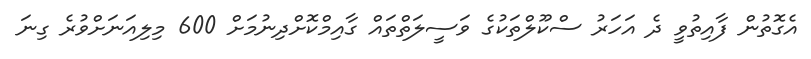
އެގޮތުން ފާއިތުވީ ދެ އަހަރު ސްކޫލްތަކުގެ ވަސީލަތްތައް ގާއިމްކޮށްދިނުމަށް 600 މިލިއަނަށްވުރެ ގިނަ